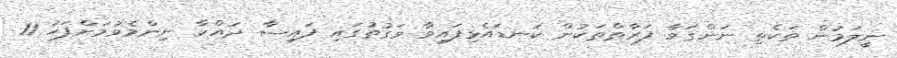
ނީލަމުން ތަކެތި ނަންގަވާ ފަރާތްތަކުން ކަނޑައެޅިފައިވާ ވަގުތުގައި ފައިސާ ދައްކާ ނިންމެވުމަށްފަހު 11